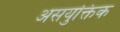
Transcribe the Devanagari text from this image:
असयुक्तिक